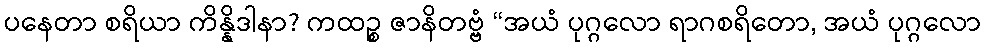
ပနေတာ စရိယာ ကိန္နိဒါနာ? ကထဉ္စ ဇာနိတဗ္ဗံ “အယံ ပုဂ္ဂလော ရာဂစရိတော, အယံ ပုဂ္ဂလော